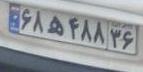
۶۸ه۴۸۸۳۶